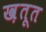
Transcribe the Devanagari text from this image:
ख़तूत